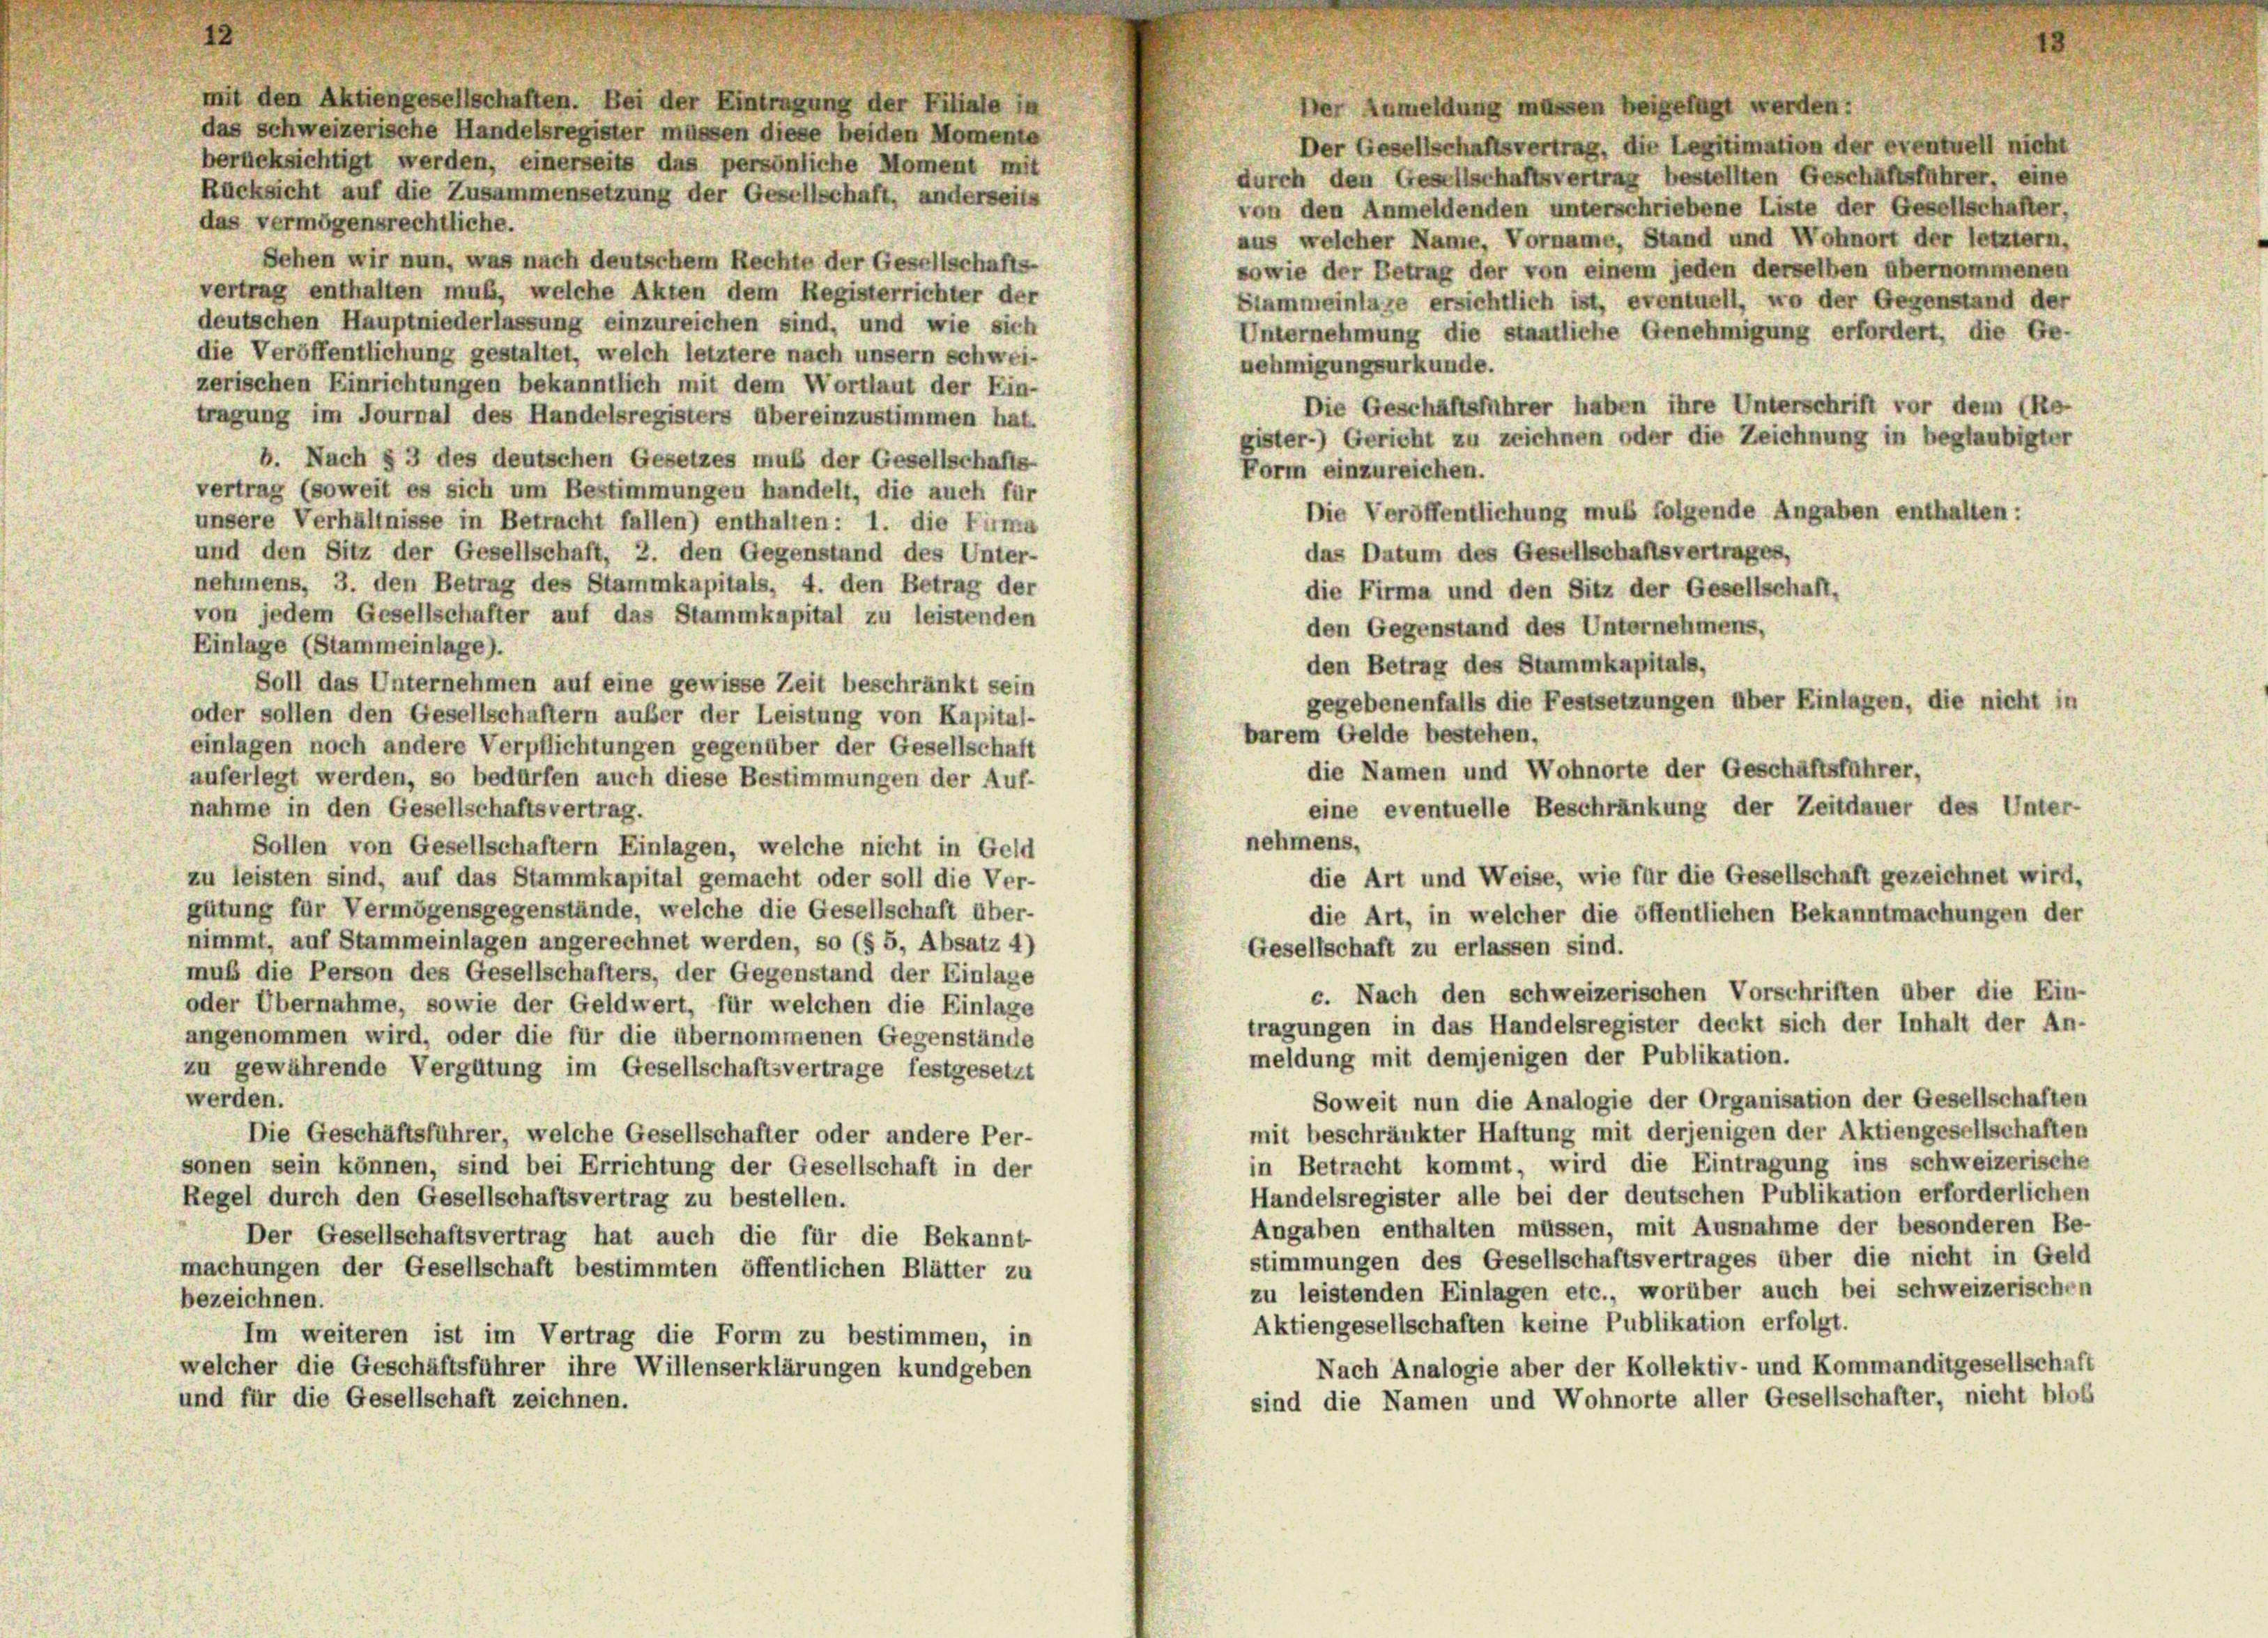
mit den Aktiengesellschaften. Bei der Eintragung der Filiale in
her Anmeldung müssen beigefügt werden:
das schweizerische Handelsregister müssen diese beiden Momente
Der Gesellschaftsvertrag, die Legitimation der eventuell nicht
berücksichtigt werden, einerseits das persönliche Moment mit
durch den Gesellschaftsvertrag bestellten Geschäftsführer, eine
Rücksicht auf die Zusammensetzung der Gesellschaft, anderseits
von den Anmeldenden unterschriebene Liste der Gesellschafter,
das vermögensrechtliche.
aus welcher Name, Vorname, Stand und Wohnort der letztem,
Sehen wir nun, was nach deutschem Rechte der Gesellschafts-
sowie der Betrag der von einem jeden derselben übernommenen
vertrag enthalten muß, welche Akten dem Registerrichter der
Stammeinlage ersichtlich ist, eventuell, wo der Gegenstand der
deutschen Hauptniederlassung einzureichen sind, und wie sich
Unternehmung die staatliche Genehmigung erfordert, die Ge-
die Veröffentlichung gestaltet, welch letztere nach unsern schwei-
nehmigungsurkunde.
zerischen Einrichtungen bekanntlich mit dem Wortlaut der Ein-
Die Geschäftsführer haben ihre Unterschrift vor dem (Re
tragung im Journal des Handelsregisters übereinzustimmen hat.
gister.) Gericht zu zeichnen oder die Zeichnung in beglaubigter
b. Nach § 3 des deutschen Gesetzes muß der Gesellschafts-
Form einzureichen.
vertrag (soweit es sich um Bestimmungen handelt, die auch für
Die Veröffentlichung muß folgende Angaben enthalten:
unsere Verhältnisse in Betracht fallen) enthalten: 1. die Firma
und den Sitz der Gesellschaft, 2. den Gegenstand des Unter-
das Datum des Gesellschaftsvertrages,
nehmens, 3. den Betrag des Stammkapitals, 4. den Betrag der
die Firma und den Sitz der Gesellschaft,
von jedem Gesellschafter auf das Stammkapital zu leistenden
den Gegenstand des Unternehmens,
Einlage (Stammeinlage).
den Betrag des Stammkapitals,
Soll das Unternehmen auf eine gewisse Zeit beschränkt sein
gegebenenfalls die Festsetzungen über Einlagen, die nicht in
oder sollen den Gesellschaftern außer der Leistung von Kapital-
barem Gelde bestehen,
einlagen noch andere Verpflichtungen gegenüber der Gesellschaft
die Namen und Wohnorte der Geschäftsführer,
auferlegt werden, so bedürfen auch diese Bestimmungen der Auf-
eine eventuelle Beschränkung der Zeitdauer des Unter-
nahme in den Gesellschaftsvertrag.
nehmens,
Sollen von Gesellschaftern Einlagen, welche nicht in Geld
die Art und Weise, wie für die Gesellschaft gezeichnet wird,
zu leisten sind, auf das Stammkapital gemacht oder soll die Ver-
gütung für Vermögensgegenstände, welche die Gesellschaft über-
die Art, in welcher die öffentlichen Bekanntmachungen der
nimmt, auf Stammeinlagen angerechnet werden, so (§ 5, Absatz 4)
Gesellschaft zu erlassen sind.
muß die Person des Gesellschafters, der Gegenstand der Einlage
c. Nach den schweizerischen Vorschriften über die Ein-
oder Übernahme, sowie der Geldwert, für welchen die Einlage
tragungen in das Handelsregister deckt sich der Inhalt der An-
angenommen wird, oder die für die übernommenen Gegenstände
meldung mit demjenigen der Publikation.
zu gewährende Vergütung im Gesellschaftsvertrage festgesetzt
werden.
Soweit nun die Analogie der Organisation der Gesellschaften
mit beschränkter Haftung mit derjenigen der Aktiengesellschafter
Die Geschäftsführer, welche Gesellschafter oder andere Per-
in Betracht kommt, wird die Eintragung ins schweizerische
sonen sein können, sind bei Errichtung der Gesellschaft in der
Handelsregister alle bei der deutschen Publikation erforderlichen
Regel durch den Gesellschaftsvertrag zu bestellen.
Angaben enthalten müssen, mit Ausnahme der besonderen Be
Der Gesellschaftsvertrag hat auch die für die Bekannt
stimmungen des Gesellschaftsvertrages über die nicht in Geld
machungen der Gesellschaft bestimmten öffentlichen Blätter zu
zu leistenden Einlagen etc., worüber auch bei schweizerische
bezeichnen.
Aktiengesellschaften keine Publikation erfolgt.
Im weiteren ist im Vertrag die Form zu bestimmen, in
Nach Analogie aber der Kollektiv- und Kommanditgesellschaf
welcher die Geschäftsführer ihre Willenserklärungen kundgeben
sind die Namen und Wohnorte aller Gesellschafter, nicht blos
und für die Gesellschaft zeichnen.